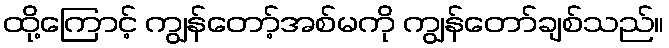
ထို့ကြောင့် ကျွန်တော့်အစ်မကို ကျွန်တော်ချစ်သည်။